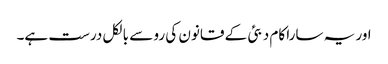
اور یہ سارا کام دبئی کے قانون کی رو سے بالکل درست ہے۔